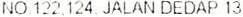
NO 122.124 JALAN DEDAP 13